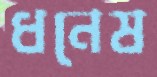
ধনেষ